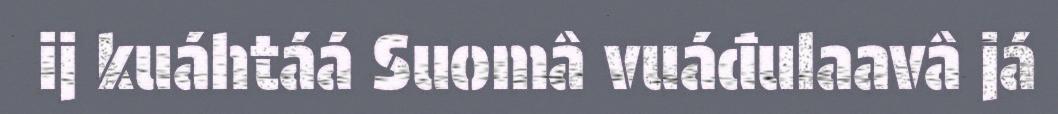
ij kuáhtáá Suomâ vuáđulaavâ já